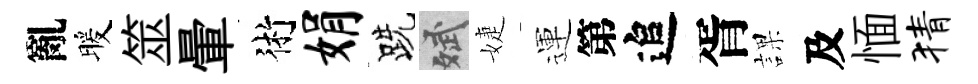
亂暖筮暈術娟跣斌婕運第追胥課及愐猜